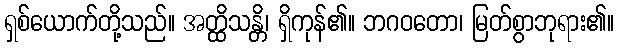
ရှစ်ယောက်တို့သည်။ အတ္ထိသန္တိ၊ ရှိကုန်၏။ ဘဂဝတော၊ မြတ်စွာဘုရား၏။